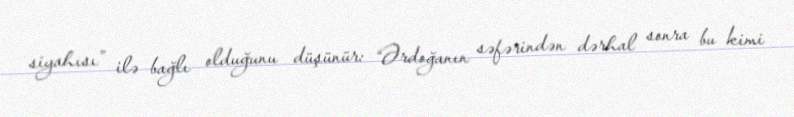
siyahısı” ilə bağlı olduğunu düşünür: “Ərdoğanın səfərindən dərhal sonra bu kimi